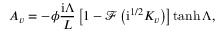
A _ { v } = - \phi \frac { \mathrm { i } \Lambda } { L } \left[ 1 - \mathcal { F } \left( \mathrm { i } ^ { 1 / 2 } K _ { v } \right) \right] \operatorname { t a n h } { \Lambda } ,